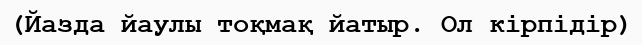
(Йазда йаулы тоқмақ йатыр. Ол кірпідір)